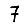
Digit: 7